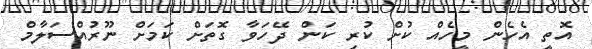
އޮތީ އެހެން މީހެއް ކުށް ކުރި ކަން ދޭހަވާ ގޮތަށް ކަމަށް ނޫރުއްސަލާމް